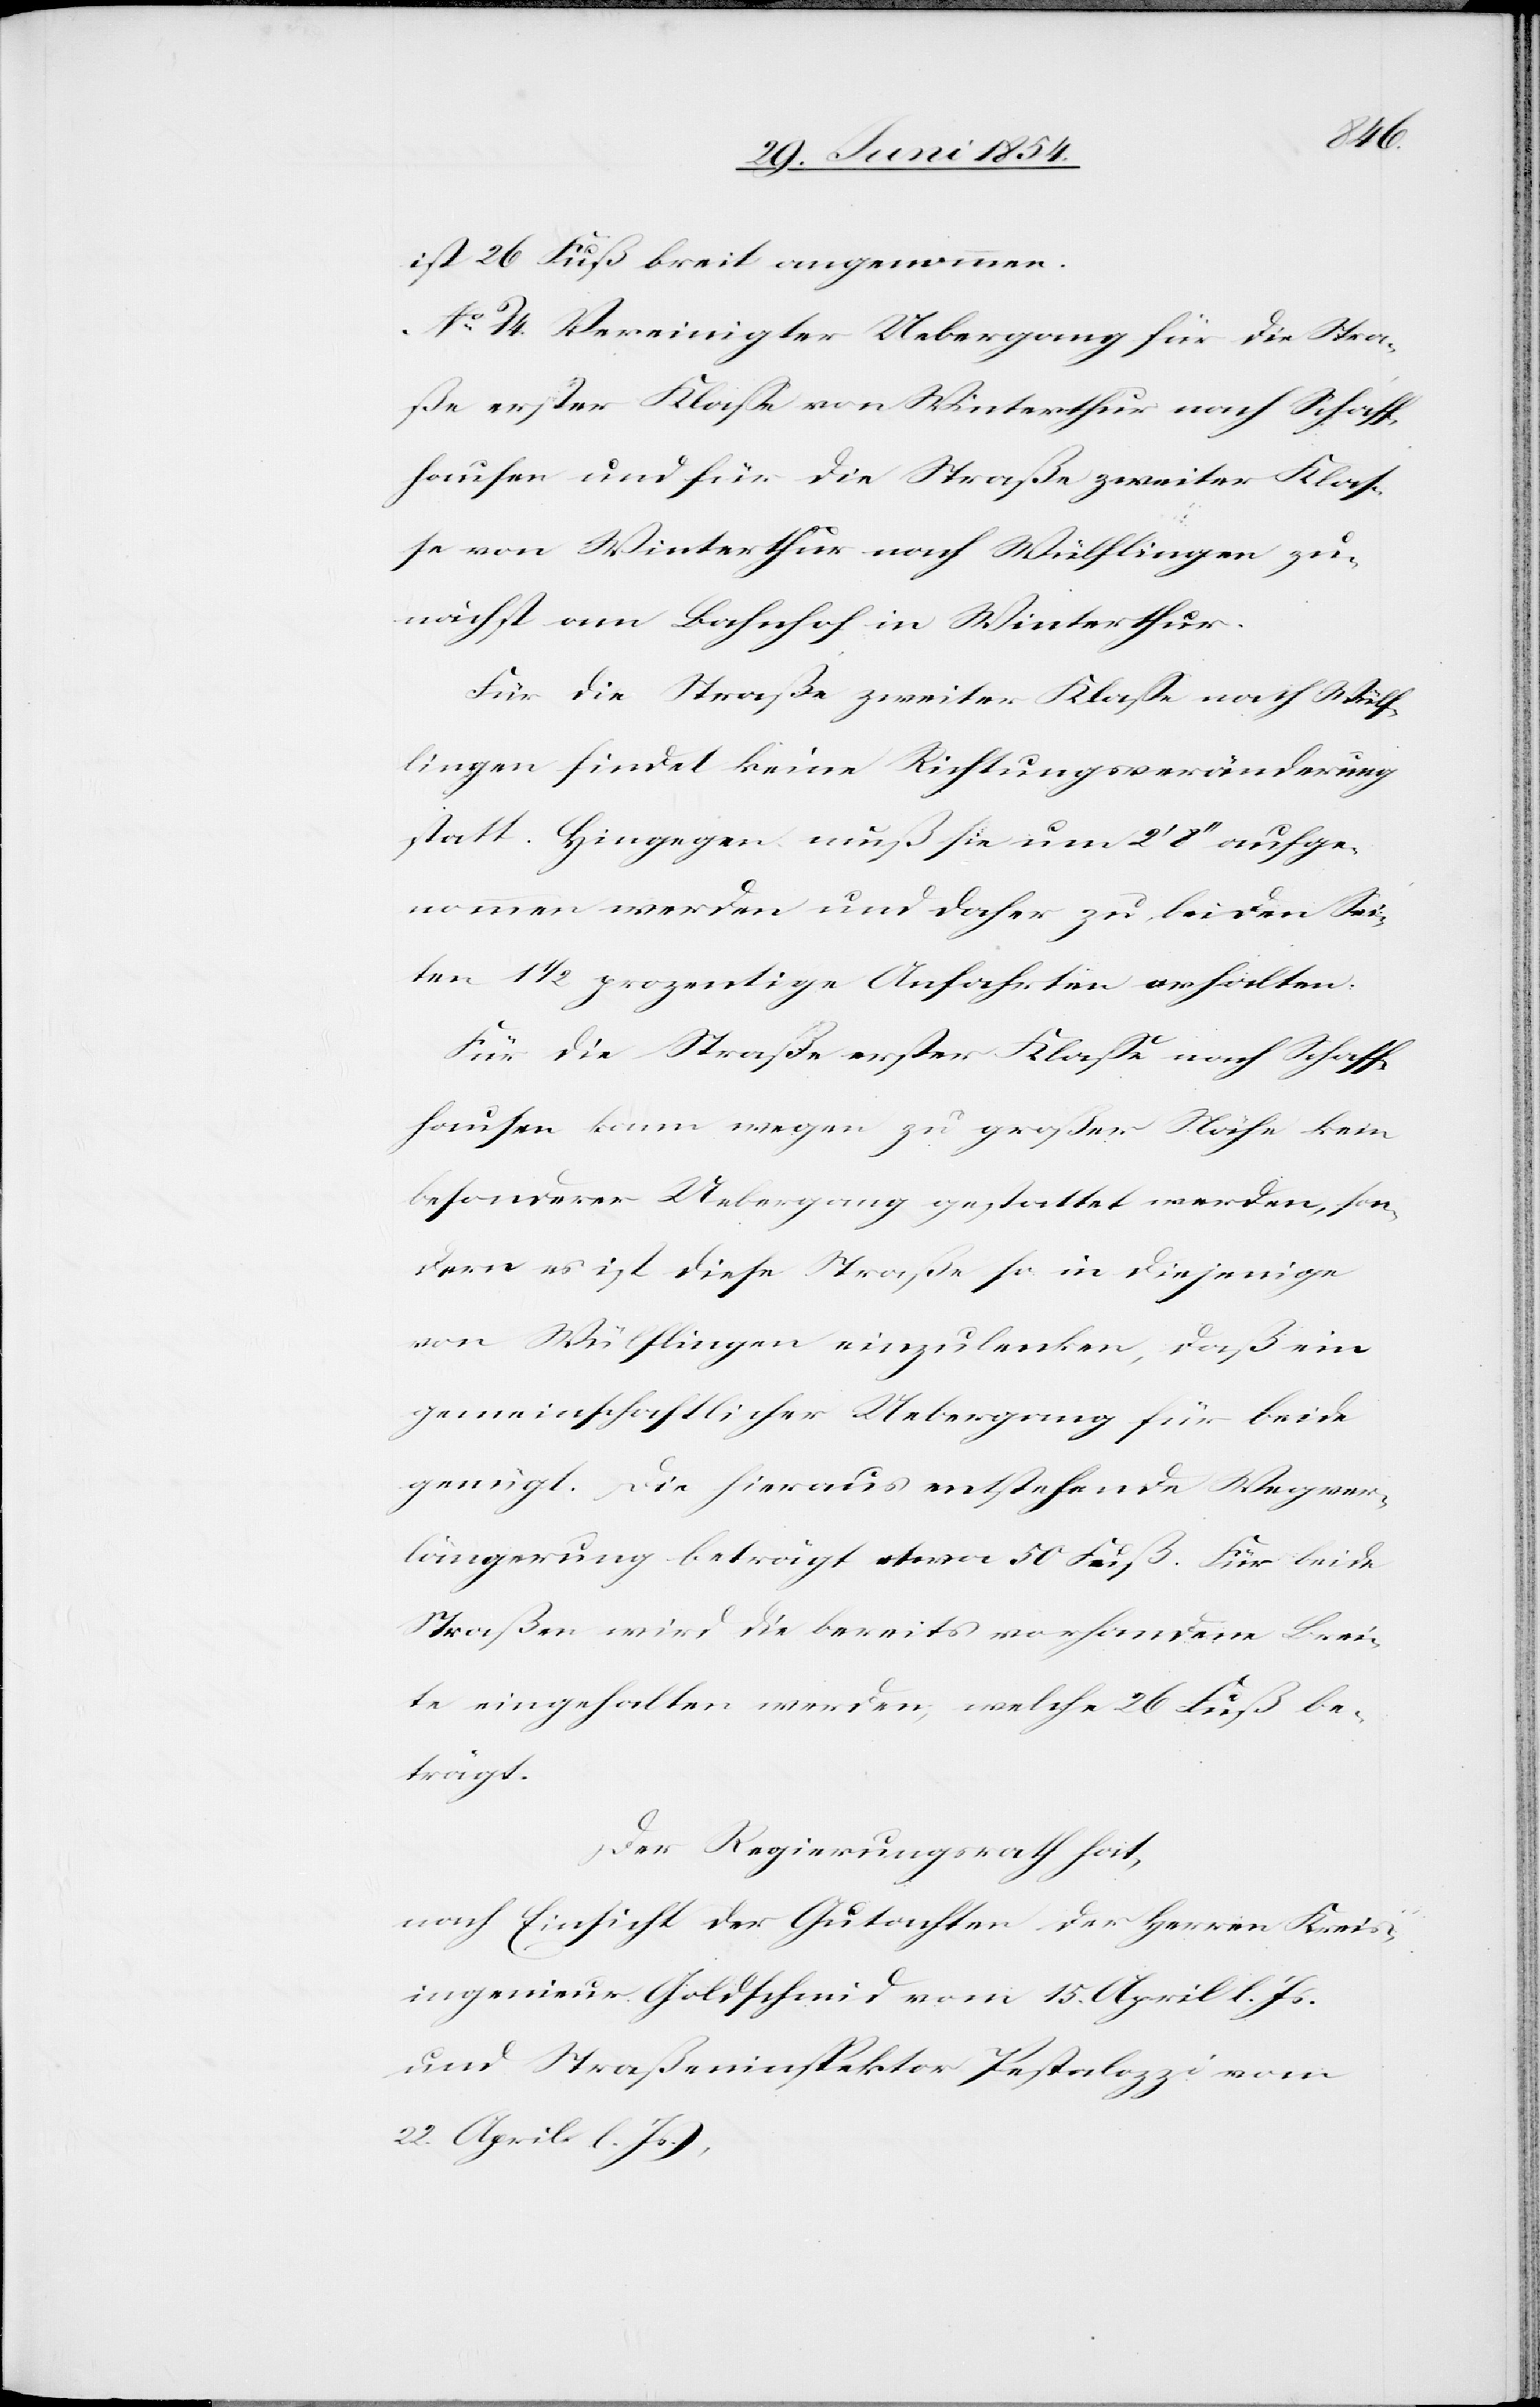
ist 26 Fuß breit angenommen.
No 14. Vereinigter Uebergang für die Stra¬
ße erste Klaße von Winterthur nach Schaff¬
hausen und für die Straße zweiter Klaß¬
e von Winterthur nach Wülflingen zu¬
nächst am Bahnhof in Winterthur.
Für die Straße zweiter Klaße nach Wülf¬
lingen findet keine Richtungsveränderung
statt. Hingegen muß sie um 2‘ 8‘‘ aufge¬
nommen werden und daher zu beiden Sei¬
ten 1 1/2 prozentige Anfahrten erhalten.
Für die Straße erster Klaße nach Schaff¬
hausen kann wegen zu großer Nähe kein
besonderer Uebergang gestattet werden, son¬
dern es ist diese Straße so in diejenige
von Wülflingen einzulenken, daß ein
gemeinschaftlicher Uebergang für beide
genügt. Die hieraus entstehende Wegver¬
längerung beträgt etwa 50 Fuß. Für beide
Straßen wird die bereits vorhandene Brei¬
te eingehalten werden, welche 26 Fuß be¬
trägt.
Der Regierungsrath hat,
nach Einsicht der Gutachten der Herren Kreis¬
ingenieur Goldschmid vom 15. April l. Js.
und Straßeninspektor Pestalozzi vom
22. April l. Js.,